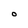
Character: O